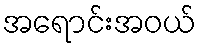
အရောင်းအဝယ်